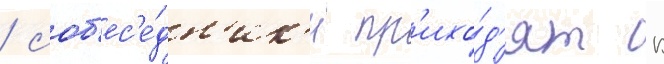
/ соб'ес'е́дн'ик'и пр'ихо́д'ят к